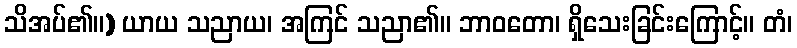
သိအပ်၏။) ယာယ သညာယ၊ အကြင် သညာ၏။ ဘာဝတော၊ ရှိသေးခြင်းကြောင့်။ တံ၊